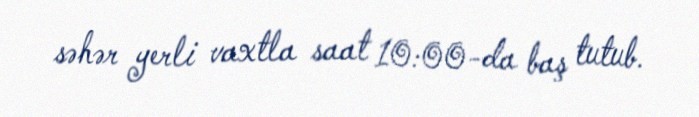
səhər yerli vaxtla saat 10:00-da baş tutub.